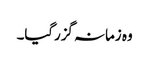
وہ زمانہ گزرگیا۔